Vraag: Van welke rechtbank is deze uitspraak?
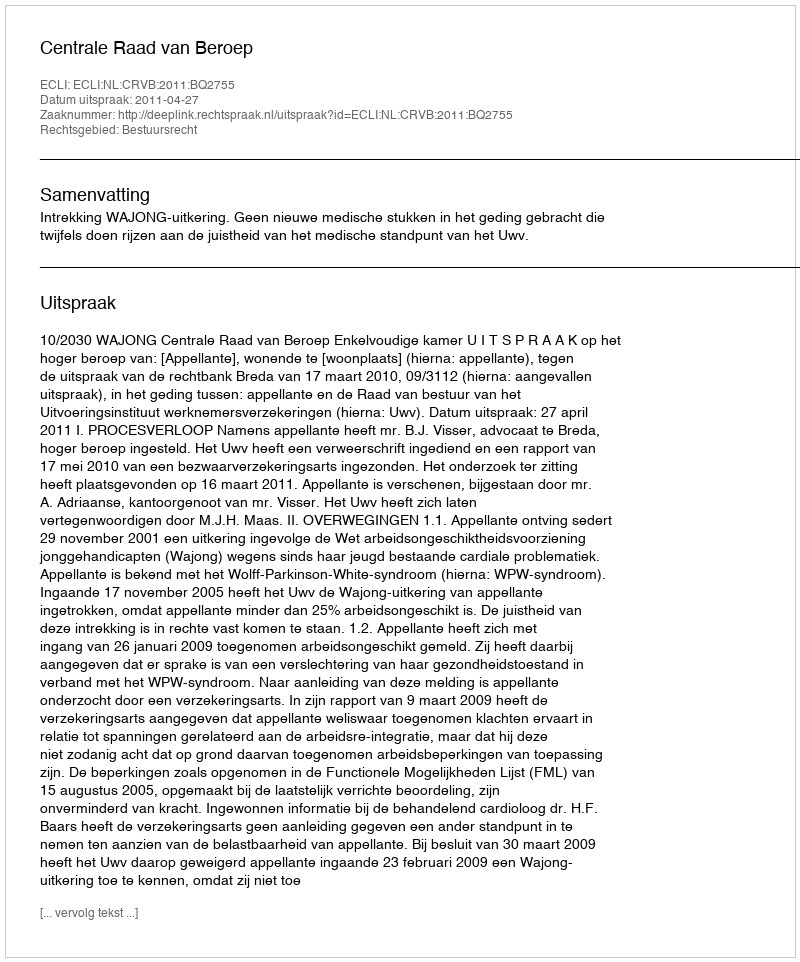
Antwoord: Centrale Raad van Beroep